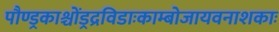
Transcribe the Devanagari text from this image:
पौण्ड्रकाश्चोंड्रद्रविडाःकाम्बोजायवनाशकाः